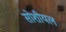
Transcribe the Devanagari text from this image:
सोशीयल